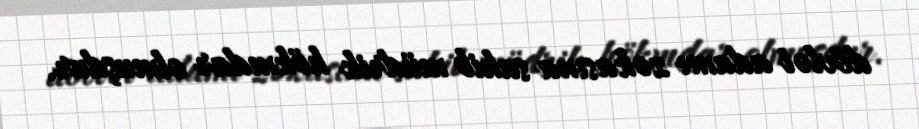
dövlət adamı zəkasına sahib müdrik hökmdar olmuşdur.